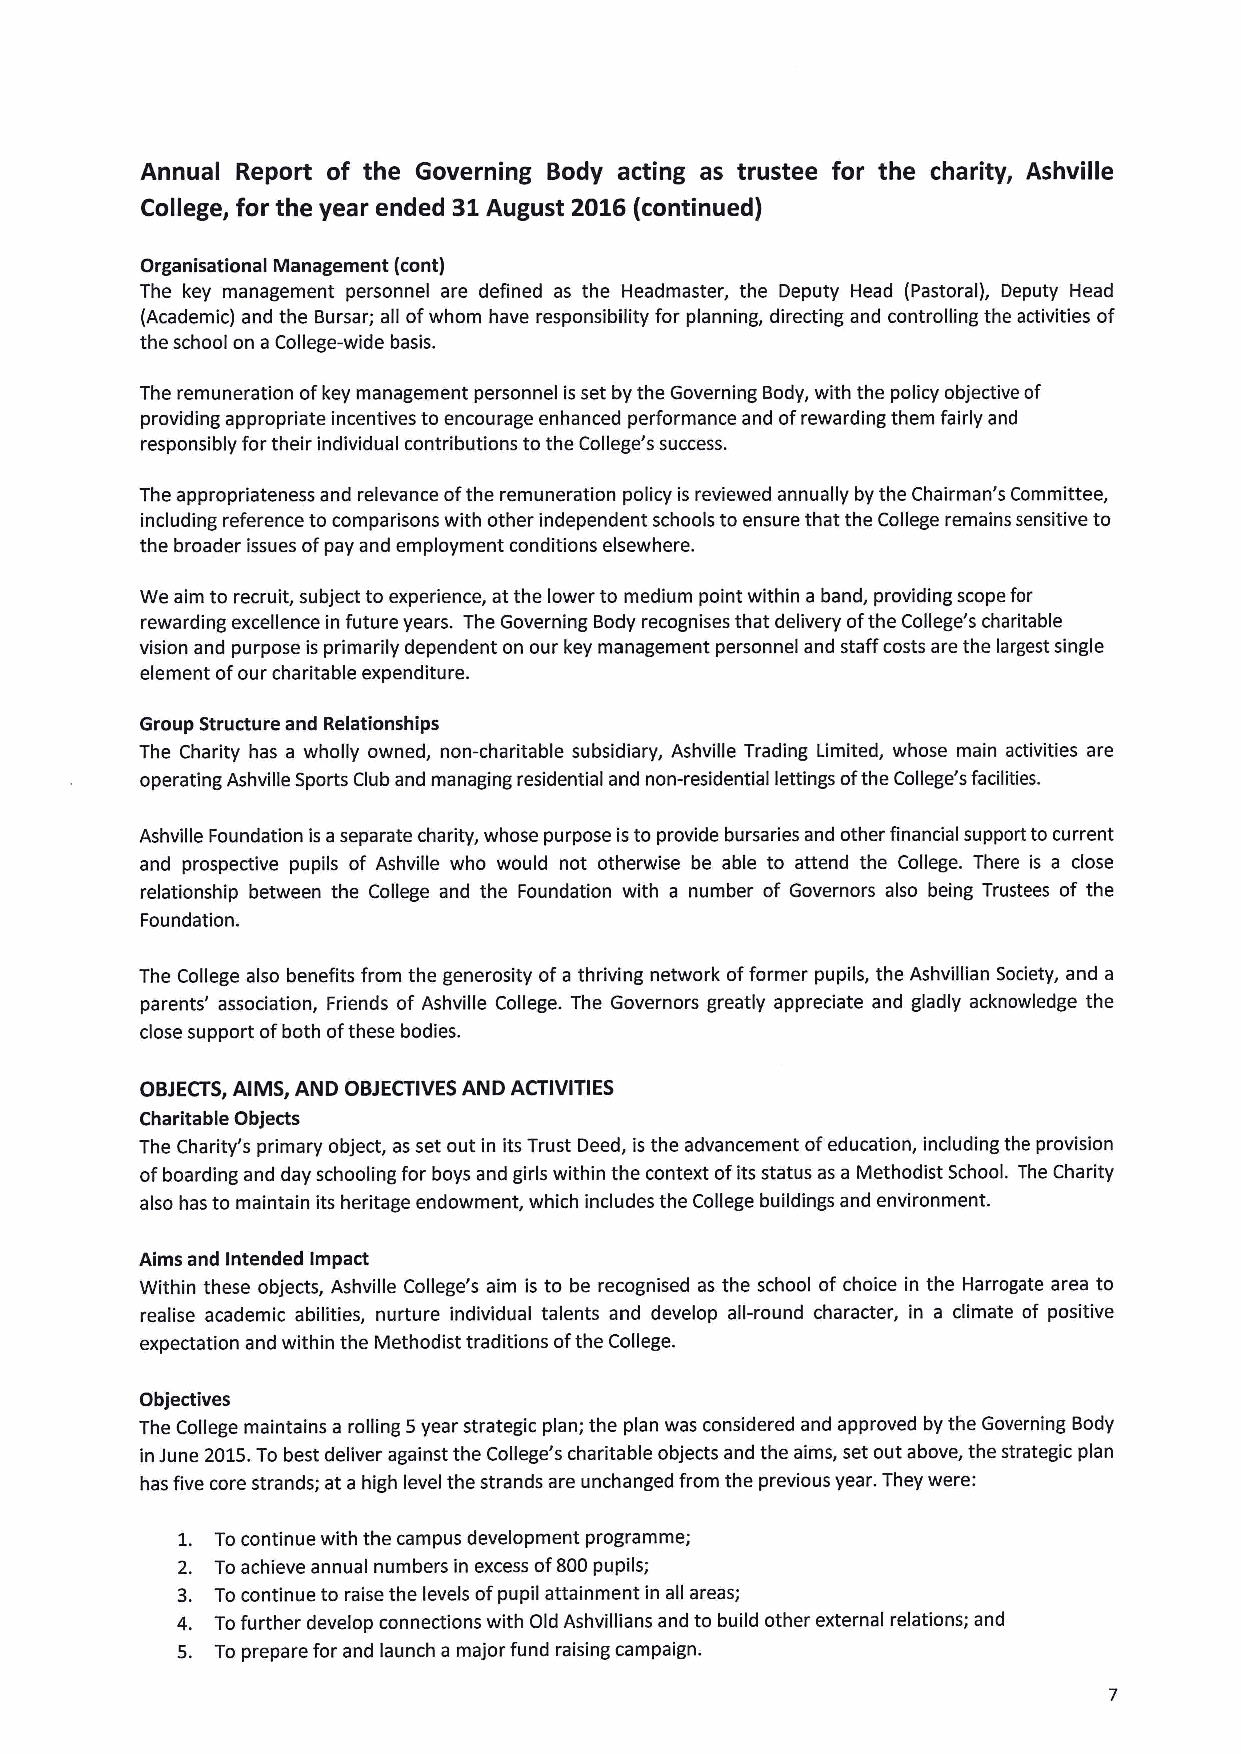
Annual Report of the Governing Body acting as trustee for the charity, Ashville
 College, for the year ended 31 August 2016(continued)
 Organisational Management (cont)
 The key management personnel are defined as the Headmaster, the Deputy Head (Pastoral), Deputy Head
 (Academic) and the Bursar; all ofwhom have responsibility for planning, directing and controlling the activities of
 the school on a College-wide basis.
 The remuneration ofkey management personnel isset by the Governing Body, with the policy objective of
 providing appropriate incentives to encourage enhanced performance and ofrewarding them fairly and
 responsibly for their individual contributions to the College's success.
 The appropriateness and relevance ofthe remuneration policy is reviewed annually by the Chairman's Committee,
 including reference to comparisons with other independent schools to ensure that the College remains sensitive to
 the broader issues ofpay and employment conditions elsewhere.
 We aim to recruit, subject to experience, at the lower to medium point within a band, providing scope for
 rewarding excellence in future years. The Governing Body recognises that delivery ofthe College's charitable
 vision and purpose is primarily dependent on our key management personnel and staff costs are the largest single
 element ofour charitable expenditure.
 Group Structure and Relationships
 The Charity has a wholly owned, non-charitable subsidiary, Ashville Trading Limited, whose main activities are
 operating Ashville Sports Club and managing residential and non-residential lettings ofthe College's facilities.
 Ashville Foundation is aseparate charity, whose purpose isto provide bursaries and other financial support to current
 and prospective pupils of Ashville who would not otherwise be able to attend the College. There is a close
 relationship between the College and the Foundation with a number of Governors also being Trustees of the
 Foundation.
 The College also benefits from the generosity ofa thriving network offormer pupils, the Ashvillian Society, and a
 parents' association, Friends of Ashville College. The Governors greatly appreciate and gladly acknowledge the
 close support ofboth ofthese bodies.
 OBJECTS,AIMS, AND OBJECTIVESAND ACTIVITIES
 Charitable Objects
 The Charity's primary object, as set out in its Trust Deed, is the advancement ofeducation, including the provision
 ofboarding and day schooling for boys and girls within the context ofits status as a Methodist School. The Charity
 also has to maintain its heritage endowment, which includes the College buildings and environment.
 Aims and Intended Impact
 Within these objects, Ashville College's aim is to be recognised as the school of choice in the Harrogate area to
 realise academic abilities, nurture individual talents and develop all-round character, in a climate of positive
 expectation and within the Methodist traditions ofthe College.
 Objectives
 The College maintains a rolling 5year strategic plan; the plan was considered and approved by the Governing Body
 in June 2015.To best deliver against the College's charitable objects and the aims, set out above, the strategic plan
 has five core strands; at a high level the strands are unchanged from the previous year. They were:
 1. To continue with the campus development programme;
 2. Toachieve annual numbers in excess of800pupils;
 3. Tocontinue to raise the levels ofpupil attainment in all areas;
 4. Tofurther develop connections with Old Ashvillians and to build other external relations; and
 5. To prepare for and launch a major fund raising campaign.